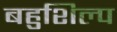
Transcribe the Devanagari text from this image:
बहुशिल्प